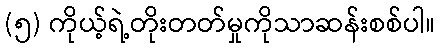
(၅) ကိုယ့်ရဲ့တိုးတတ်မှုကိုသာဆန်းစစ်ပါ။